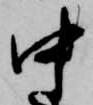
中